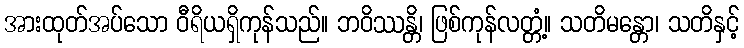
အားထုတ်အပ်သော ဝီရိယရှိကုန်သည်။ ဘဝိဿန္တိ၊ ဖြစ်ကုန်လတ္တံ့။ သတိမန္တော၊ သတိနှင့်